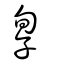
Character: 㝁